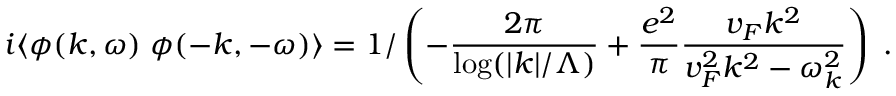
i \langle \phi ( k , \omega ) \; \phi ( - k , - \omega ) \rangle = 1 / \left( - \frac { 2 \pi } { \log ( | k | / \Lambda ) } + \frac { e ^ { 2 } } { \pi } \frac { v _ { F } k ^ { 2 } } { v _ { F } ^ { 2 } k ^ { 2 } - \omega _ { k } ^ { 2 } } \right) \; . \;